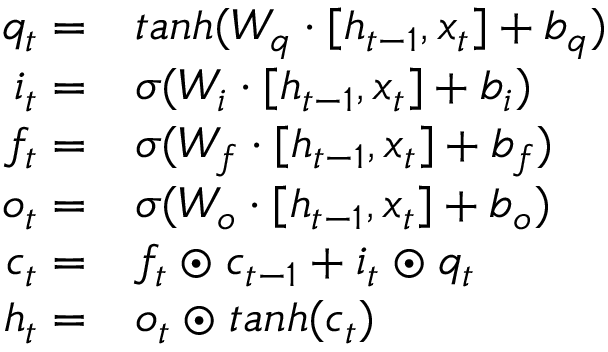
\begin{array} { r l } { q _ { t } = } & { t a n h ( W _ { q } \cdot [ h _ { t - 1 } , x _ { t } ] + b _ { q } ) } \\ { i _ { t } = } & { \sigma ( W _ { i } \cdot [ h _ { t - 1 } , x _ { t } ] + b _ { i } ) } \\ { f _ { t } = } & { \sigma ( W _ { f } \cdot [ h _ { t - 1 } , x _ { t } ] + b _ { f } ) } \\ { o _ { t } = } & { \sigma ( W _ { o } \cdot [ h _ { t - 1 } , x _ { t } ] + b _ { o } ) } \\ { c _ { t } = } & { f _ { t } \odot c _ { t - 1 } + i _ { t } \odot q _ { t } } \\ { h _ { t } = } & { o _ { t } \odot t a n h ( c _ { t } ) } \end{array}